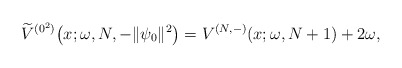
\begin{gather*} \widetilde{V}^{(0^{2})}\big(x;\omega ,N,-\Vert \psi _{0}\Vert ^{2}\big)=V^{( N,-) }(x;\omega ,N+1)+2\omega ,\end{gather*}